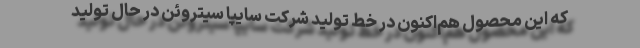
که این محصول هم‌اکنون در خط تولید شرکت سایپا سیتروئن در حال تولید